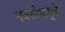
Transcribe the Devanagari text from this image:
नवशोधामुळे